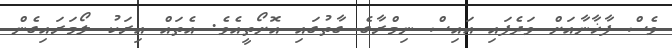
ވެސް ފާޚާނާއަށް ވަދެފައި އައިސް ނިމްރާގެ ގާތުގައި އޮށޯތީއެވެ. އެތައް އިރަކު ލޯމަރައިގެން